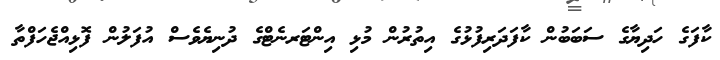
ކާފަގެ ހަދިޔާގެ ސަބަބުން ކާފަދަރިފުޅުގެ އިތުރުން މުޅި އިންޓަރނެޓްގެ ދުނިޔެވެސް އުފަލުން ފޮޅިއްޖެހަފްތާ